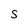
Character: S